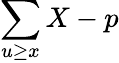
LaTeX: \sum\limits_{u\geq x}X-p